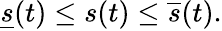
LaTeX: \underline{{s}}(t)\leq s(t)\leq\overline{{s}}(t).